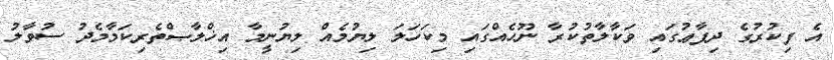
އެ ފިކުރުގެ ދިފާޢުގައި ވަކާލާތުކުރާ ނޫހެއްގައި މިކަހަލަ ލިޔުމެއް ލިޔުނީމާ އިޚްލާޞްތެރިކަމާމެދު ސުވާލު